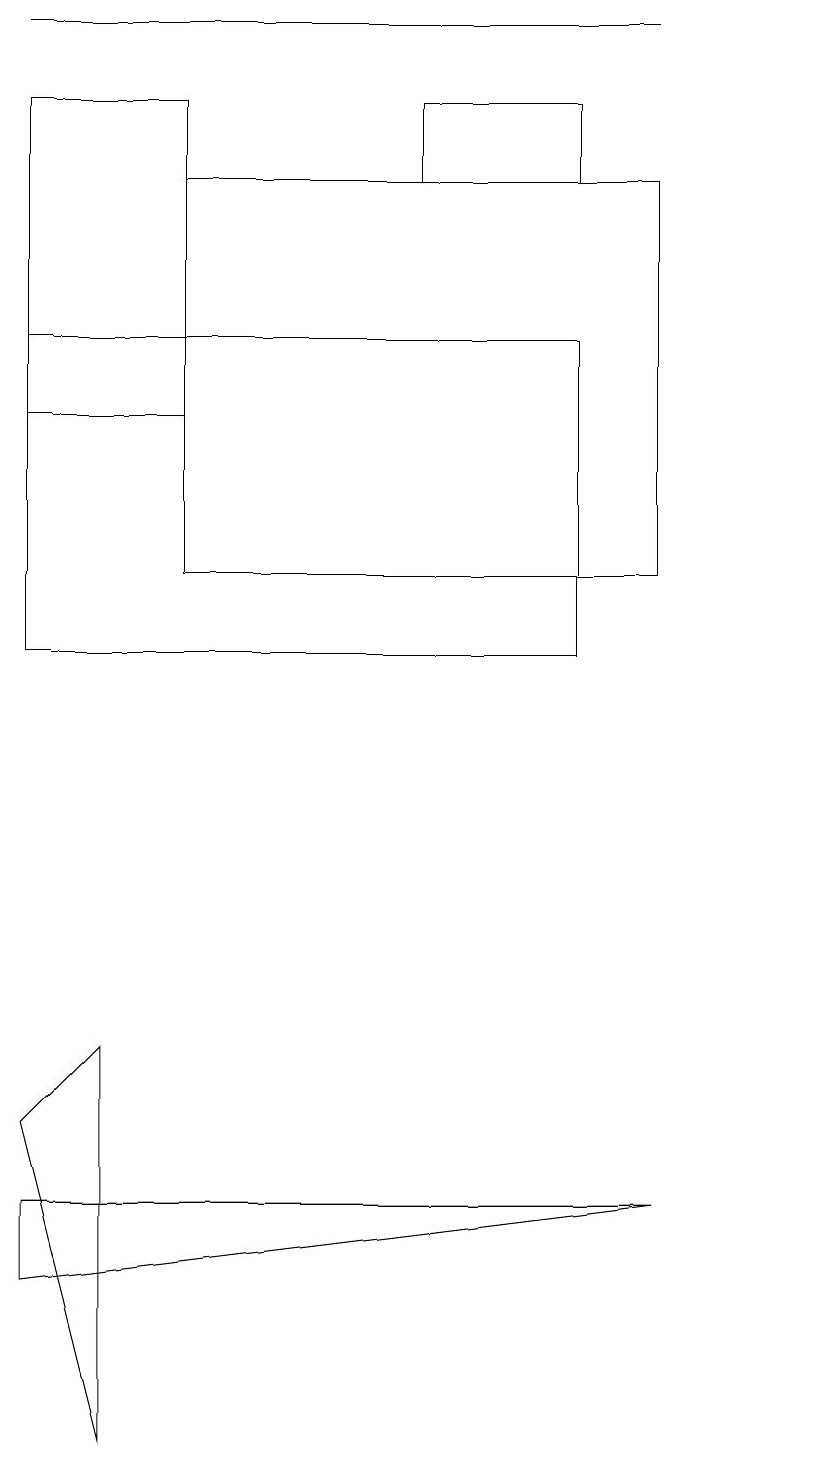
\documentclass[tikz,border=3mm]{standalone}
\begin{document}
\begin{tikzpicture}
\draw (11,10) circle (0);
\draw (6,17) rectangle (8,18);
\draw (2,1) -- (1,5) -- (2,6) -- cycle;
\draw (9,4) -- (1,4) -- (1,3) -- cycle;
\draw (3,14) rectangle (1,18);
\draw (9,12) rectangle (3,17);
\draw (9,19) rectangle (1,19);
\draw (1,11) rectangle (8,15);
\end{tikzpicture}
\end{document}